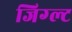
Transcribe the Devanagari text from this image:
जिग्ल्ट